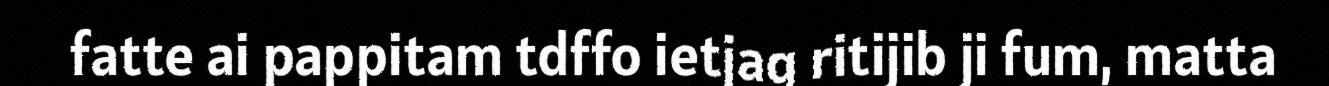
fatte ai pappitam tdffo ietjag ritijib ji fum, matta